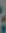
: